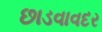
છાડવાવદર